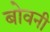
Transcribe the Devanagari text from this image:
बोवनी